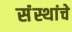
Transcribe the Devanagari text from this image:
संंस्थांचे